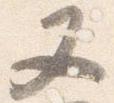
又